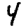
Digit: 4